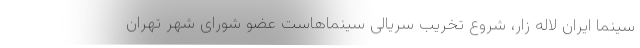
سینما ایران لاله زار، شروع تخریب سریالی سینماهاست عضو شورای شهر تهران